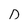
Character: D